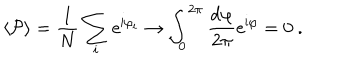
\langle { \cal P } \rangle = \frac { 1 } { N } \sum _ { i } \mathrm { e } ^ { \mathrm { i } \varphi _ { i } } \to \int _ { 0 } ^ { 2 \pi } \frac { \mathrm { d } \varphi } { 2 \pi } \mathrm { e } ^ { \mathrm { i } \varphi } = 0 \ .